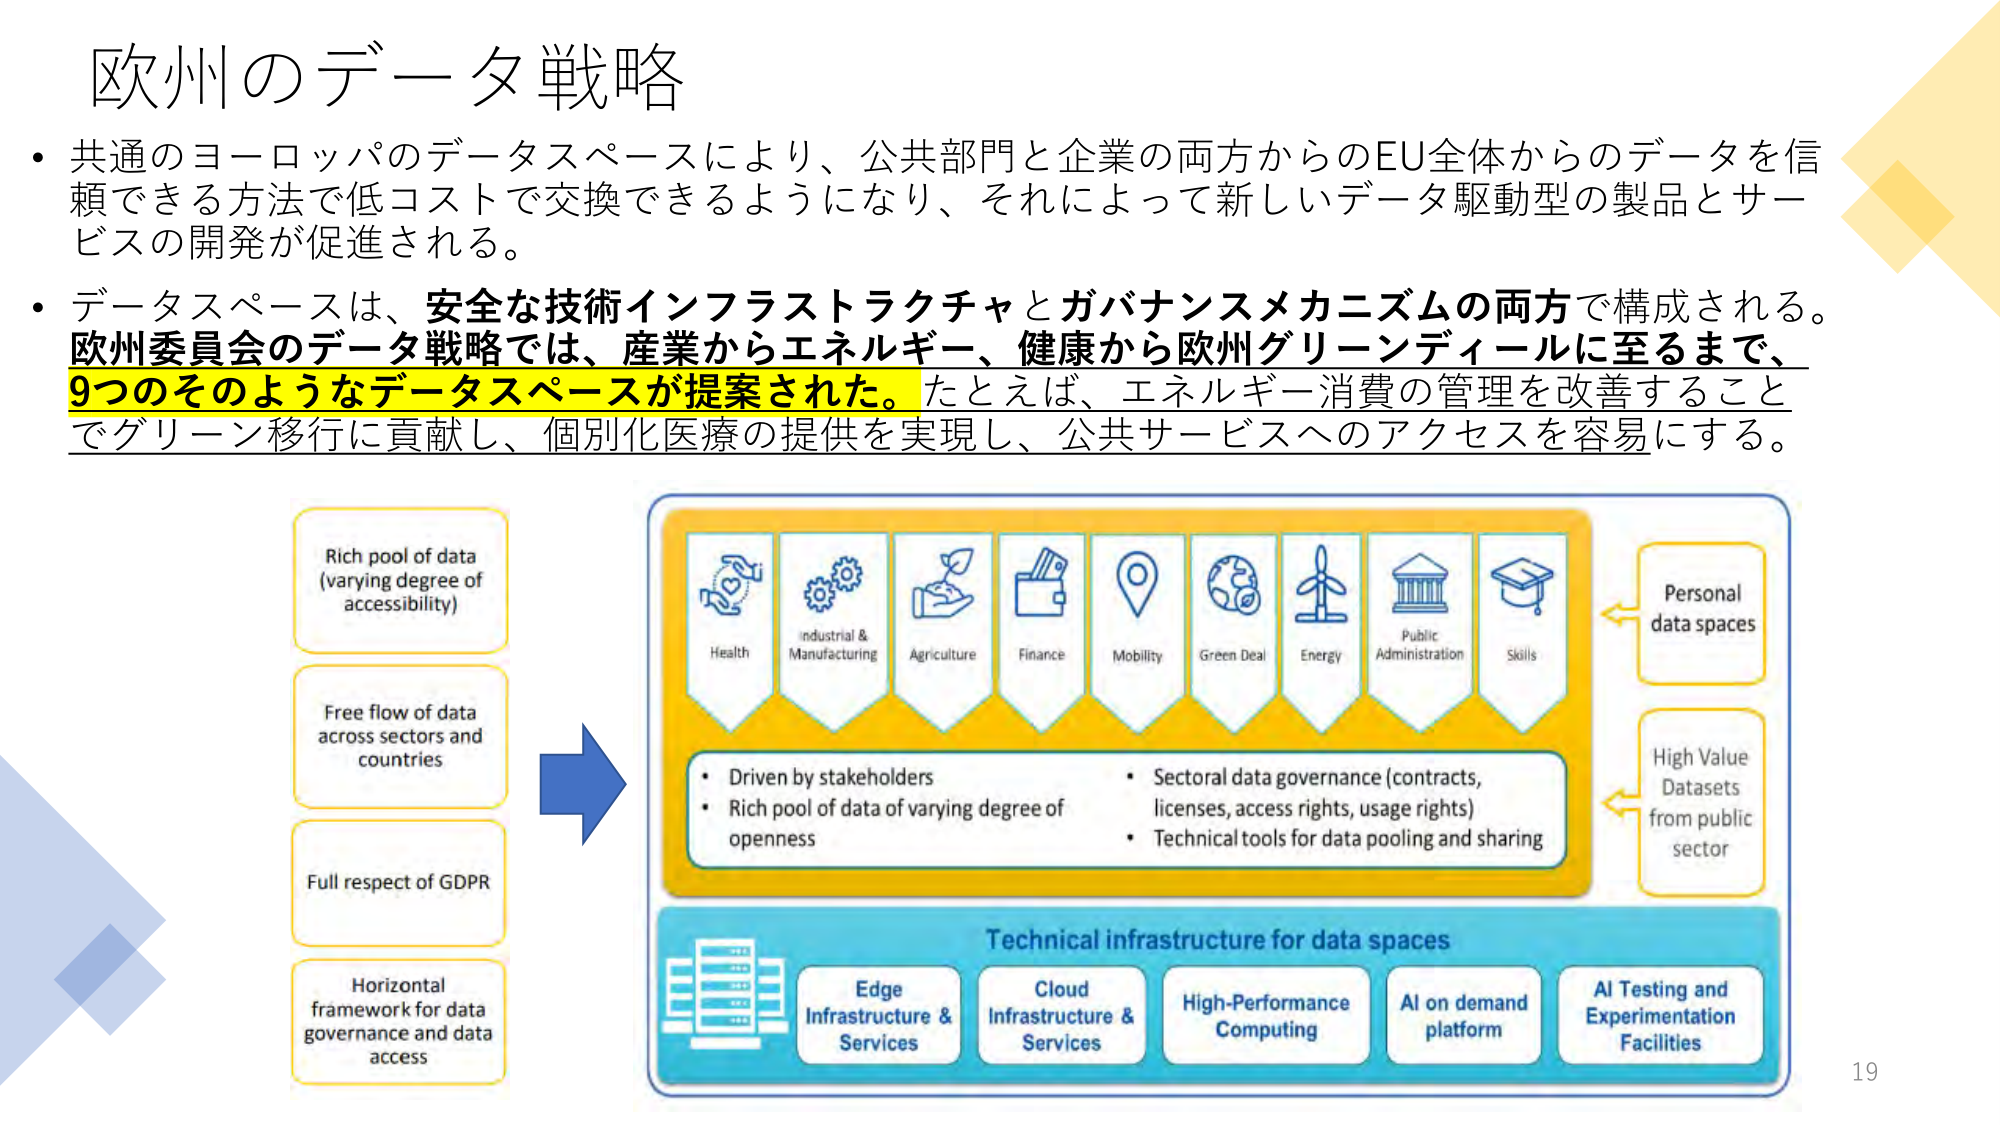
欧州のデータ戦略
・共通のヨーロッパのデータスペースにより、公共部門と企業の両方からのEU全体からのデータを信頼できる方法で低コストで交換できるようになり、それによって新しいデータ駆動型の製品とサービスの開発が促進される。
・データスペースは、安全な技術インフラストラクチャとガバナンスメカニズムの両方で構成される。欧州委員会のデータ戦略では、産業からエネルギー、健康から欧州グリーンディールに至るまで、9つのそのようなデータスペースが提案された。たとえば、エネルギー消費の管理を改善することでグリーン移行に貢献し、個別化医療の提供を実現し、公共サービスへのアクセスを容易にする。
Rich pool of data
(varying degree of
accessibility)
Free flow of data
across sectors and
countries
Full respect of GDPR
Horizontal
framework for data
governance and data
access
Health
Industrial & Manufacturing
Agriculture
Finance
Mobility
Green Deal
Energy
Public Administration
Skills
Personal
data spaces
High Value
Datasets
from public
sector
Driven by stakeholders
Rich pool of data of varying degree of
openness
Sectoral data governance (contracts,
licenses, access rights, usage rights)
Technical tools for data pooling and sharing
Technical infrastructure for data spaces
Edge
Infrastructure &
Services
Cloud
Infrastructure &
Services
High-Performance
Computing
AI on demand
platform
AI Testing and
Experimentation
Facilities
19